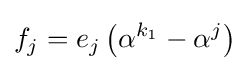
f_{j}=e_{j}\left(\alpha ^{k_{1}}-\alpha ^{j}\right)